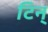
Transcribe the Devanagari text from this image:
टिन्